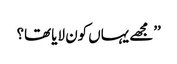
’’مجھے یہاں کون لایا تھا؟